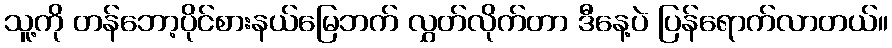
သူ့ကို တန်ဘော့ပိုင်စားနယ်မြေဘက် လွှတ်လိုက်တာ ဒီနေ့ပဲ ပြန်ရောက်လာတယ်။